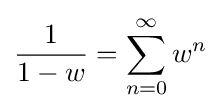
{\frac {1}{1-w}}=\sum _{n=0}^{\infty }w^{n}